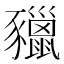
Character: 䝓